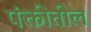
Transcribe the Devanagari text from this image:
पंक्तीतील